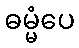
ဓမ္မံပေ